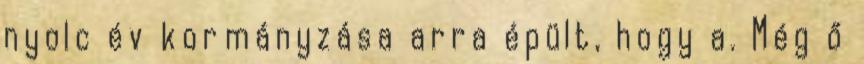
nyolc év kormányzása arra épült, hogy a. Még ő